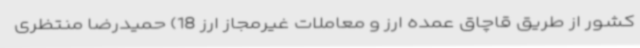
کشور از طریق قاچاق عمده ارز و معاملات غیرمجاز ارز 18) حمیدرضا منتظری